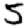
Digit: 5